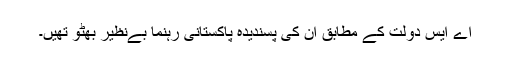
اے ایس دولت کے مطابق ان کی پسندیدہ پاکستانی رہنما بےنظیر بھٹو تھیں۔